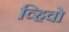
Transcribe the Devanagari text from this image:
व्हिवो